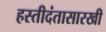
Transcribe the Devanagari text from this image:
हस्तीदंतासारखी